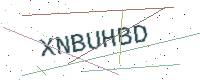
Text: XNBUHBD